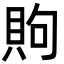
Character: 䝭